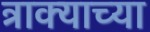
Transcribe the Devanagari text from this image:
त्राक्याच्या